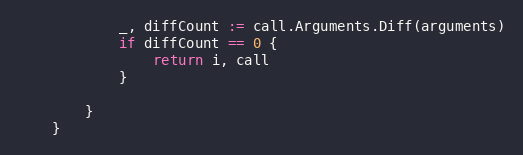
Language: Go
			_, diffCount := call.Arguments.Diff(arguments)
			if diffCount == 0 {
				return i, call
			}

		}
	}